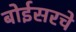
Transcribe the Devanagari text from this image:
बोईसरचे